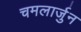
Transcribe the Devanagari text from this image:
चमलार्जुन